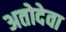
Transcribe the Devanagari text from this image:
अतोदेवा